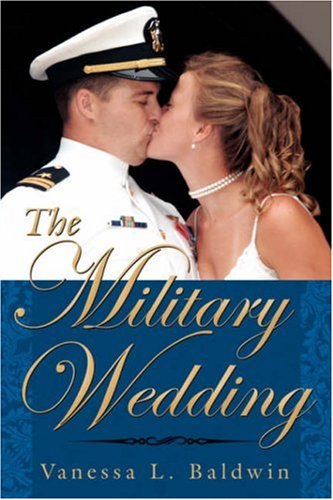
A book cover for The Military Wedding; Vanessa Baldwin; Crafts, Hobbies & Home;